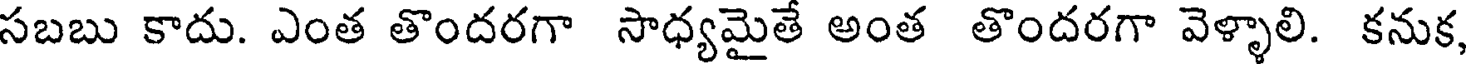
సబబు కాదు. ఎంత తొందరగా సాధ్యమైతే అంత తొందరగా వెళ్ళాలి. కనుక